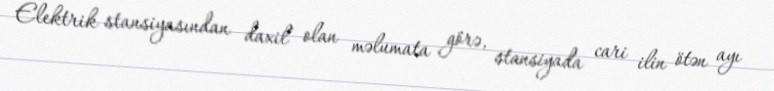
Elektrik stansiyasından daxil olan məlumata görə, stansiyada cari ilin ötən ayı